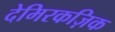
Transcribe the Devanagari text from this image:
देमिरकज़िक